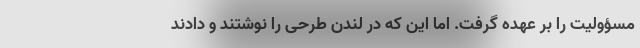
مسؤولیت را بر عهده گرفت. اما این که در لندن طرحی را نوشتند و دادند